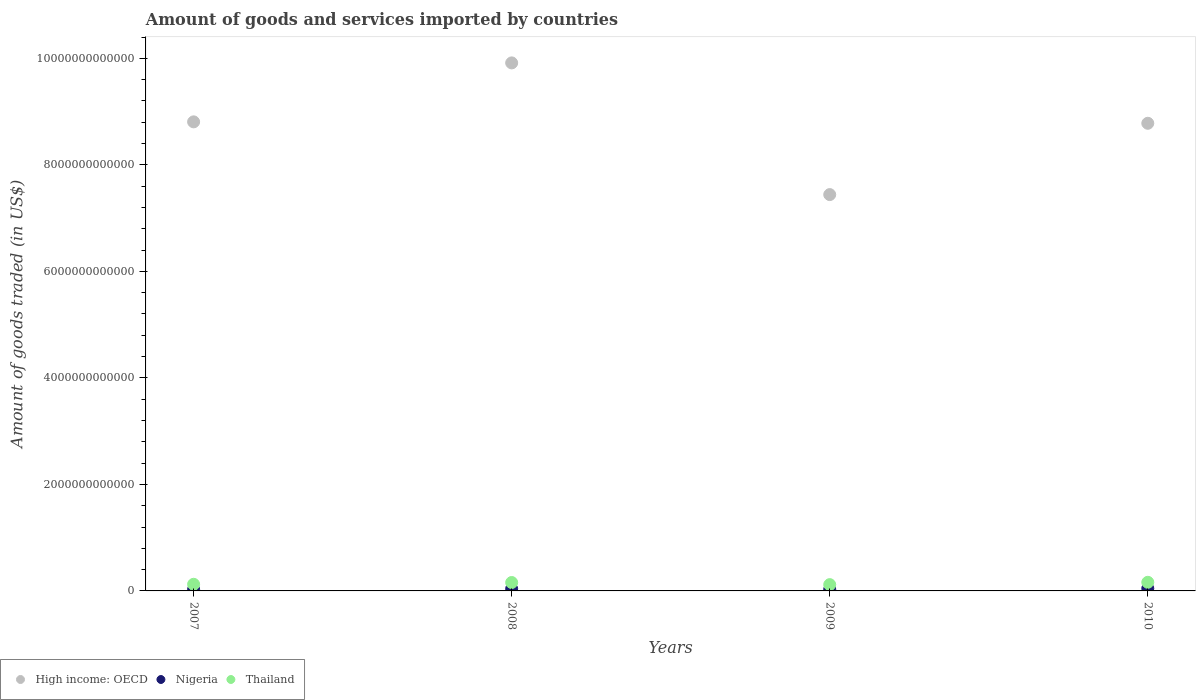
| Years | High income: OECD | Nigeria | Thailand |
 | --- | --- | --- | --- |
 | 2007 | 8.81e+12 | 2.83e+10 | 1.25e+11 |
 | 2008 | 9.91e+12 | 3.98e+10 | 1.58e+11 |
 | 2009 | 7.44e+12 | 3.08e+10 | 1.18e+11 |
 | 2010 | 8.78e+12 | 4.64e+10 | 1.62e+11 |